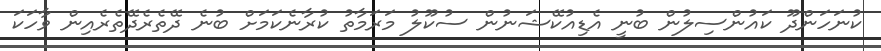
ކުނަހަންދޫ ކައުންސިލުން ބުނީ އެޑިއުކޭޝަނުން ސުކޫލު މަރަމާތު ކުރާނެކަމަށް ބުނެ ދޭތެރެދޭތެރެއިން ވާހަކަ